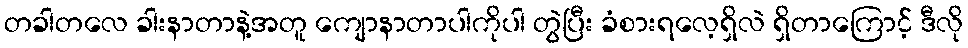
တခါတလေ ခါးနာတာနဲ့အတူ ကျောနာတာပါကိုပါ တွဲပြီး ခံစားရလေ့ရှိလဲ ရှိတာကြောင့် ဒီလို